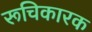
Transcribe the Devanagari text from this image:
रूचिकारक